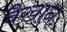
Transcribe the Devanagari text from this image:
वैखानः